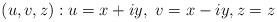
LaTeX: \begin{align*}(u,v,z):u=x+iy,\ v=x-iy,z=z \ \end{align*}